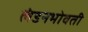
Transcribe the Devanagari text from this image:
लंडनभोवती